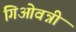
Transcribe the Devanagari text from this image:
गिओवन्नी